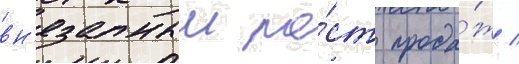
вн'езапныи ро́ст прода́ж /